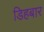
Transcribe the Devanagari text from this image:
डिहबार